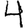
Digit: 4